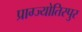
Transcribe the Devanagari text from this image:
प्राग्ज्योतिस्पुर